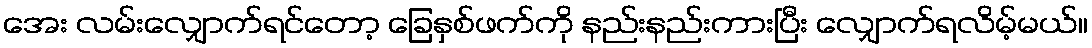
အေး လမ်းလျှောက်ရင်တော့ ခြေနှစ်ဖက်ကို နည်းနည်းကားပြီး လျှောက်ရလိမ့်မယ်။